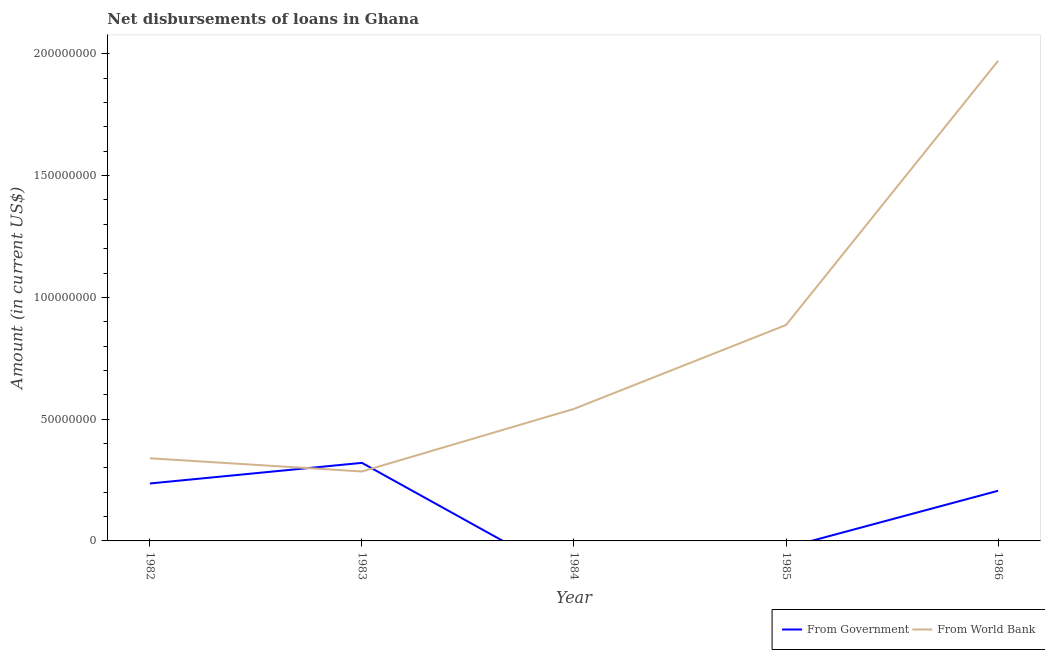
| Year | From Government | From World Bank |
 | --- | --- | --- |
 | 1982 | 2.36e+07 | 3.39e+07 |
 | 1983 | 3.21e+07 | 2.85e+07 |
 | 1984 | -1.62e+07 | 5.42e+07 |
 | 1985 | -2.78e+06 | 8.87e+07 |
 | 1986 | 2.06e+07 | 1.97e+08 |